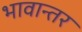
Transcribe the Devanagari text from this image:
भावान्तर